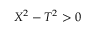
X ^ { 2 } - T ^ { 2 } > 0